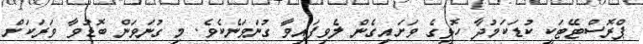
ޕްރޮސްޓޭޓަކީ ކުޑަކަމުދާ ހޮޅީގެ ވަށައިގެން ލެވިފައިވާ ގުނަވަނެކެވެ. މި ގުނަވަން ބޮޑުވާ ވަރަކަށް